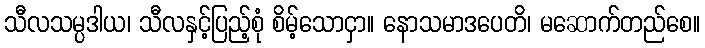
သီလသမ္ပဒါယ၊ သီလနှင့်ပြည့်စုံ စိမ့်သောငှာ။ နောသမာဒပေတိ၊ မဆောက်တည်စေ။